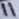
Text: 11